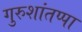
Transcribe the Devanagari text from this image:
गुरुशांतप्पा